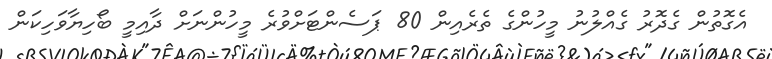
އެގޮތުން ގެދޮރު ގެއްލުނު މީހުންގެ ތެރެއިން 80 ޕަސެންޓަށްވުރެ މީހުންނަށް ދާއިމީ ބޯހިޔާވަހިކަން